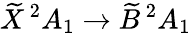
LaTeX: \widetilde{X}\, ^{2}A_{1}\rightarrow\widetilde{B}\, ^{2}A_{1}